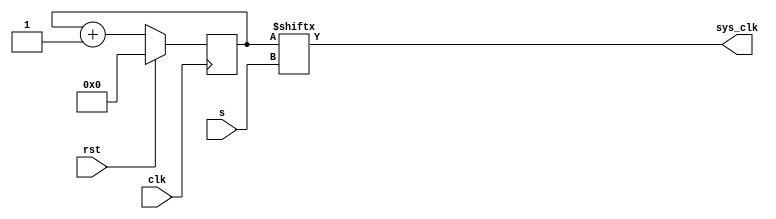
`timescale 1ns / 1ps
//////////////////////////////////////////////////////////////////////////////////
// Company: 
// Engineer: 
// 
// Design Name: 
// Module Name: clk_divider
// Project Name: 
// Target Devices: 
// Tool Versions: 
// Description: 
// 
// Dependencies: 
// 
// Revision:
// Revision 0.01 - File Created
// Additional Comments:
// 
//////////////////////////////////////////////////////////////////////////////////


module clk_divider
    //#(parameter SWITCH=5, parameter N=2**SWITCH)
        
        (
        input clk,
        input rst,
        
        input [4:0] s,
        output sys_clk //output
        );
        
        
        reg [31:0] tmp;
        
        always@(posedge clk)
            begin                   
            if(rst)             
                tmp <=0;        
            else                
                tmp <= tmp+1;   
        end                     
                                
        assign sys_clk = tmp[s];
        
endmodule